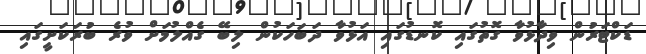
ޑަކްޓަރުން ވިދާޅުވާ ގޮތުގައި ކޮނޑުގައި އަޅުވާ ދަބަހަކުން ލިބޭ ގެއްލުމަށް ވުރެ ބުރަކަށީގައި